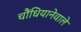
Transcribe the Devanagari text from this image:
चौंधियानेवाले